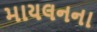
માયલનના